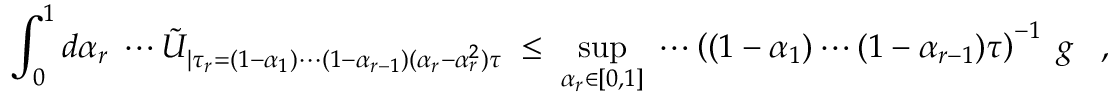
\int _ { 0 } ^ { 1 } d \alpha _ { r } \; \cdots \tilde { U } _ { | \tau _ { r } = ( 1 - \alpha _ { 1 } ) \cdots ( 1 - \alpha _ { r - 1 } ) ( \alpha _ { r } - \alpha _ { r } ^ { 2 } ) \tau } \; \leq \; \operatorname * { s u p } _ { \alpha _ { r } \in [ 0 , 1 ] } \; \cdots \left( ( 1 - \alpha _ { 1 } ) \cdots ( 1 - \alpha _ { r - 1 } ) \tau \right) ^ { - 1 } \; g \; \; \; ,